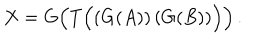
LaTeX: X = G \Big ( T \Big ( ( G ( A ) ) \, ( G ( B ) ) \Big ) \Big ) \, .